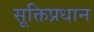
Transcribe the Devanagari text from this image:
सूक्तिप्रधान